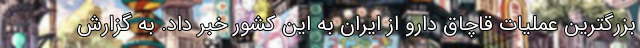
بزرگترین عملیات قاچاق دارو از ایران به این کشور خبر داد. به گزارش